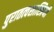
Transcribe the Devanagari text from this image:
पुरातत्‍वशास्त्रियों